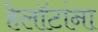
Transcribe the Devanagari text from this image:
हेलॉटांना